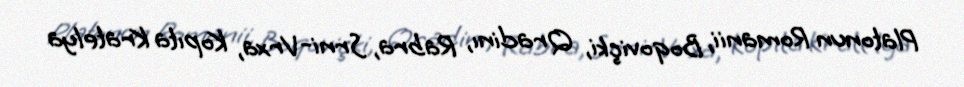
Platonun Romanii, Boqoviçki, Qradinı, Rabra, Srni-Vrxa, Kopıta Kratelya